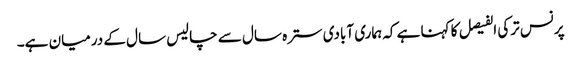
پرنس ترکی الفیصل کا کہنا ہے کہ ہماری آبادی سترہ سال سے چالیس سال کے درمیان ہے۔